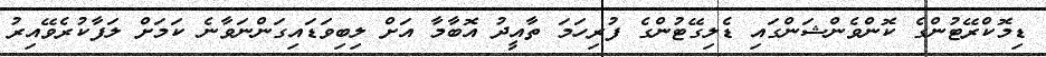
ޑިމޮކްރޭޓުންގެ ކޮންވެންޝަންގައި ޑެލިގޭޓުންގެ ފުރިހަމަ ތާއީދު އޮބާމާ އަށް ލިބިވަޑައިގަންނަވާނެ ކަމަށް ލަފާކުރެވޭއިރު